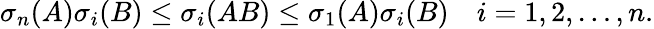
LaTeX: \sigma_{n}(A)\sigma_{i}(B)\leq\sigma_{i}(AB)\leq\sigma_{1}(A)\sigma_{i}(B)\quad i=1,2,\ldots,n.